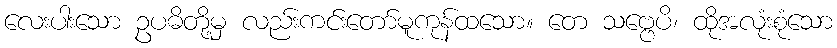
လေးပါးသော ဥပဓိတို့မှ လည်းကင်းတော်မူကုန်ထသော။ တေ သဗ္ဗေပိ၊ ထိုအလုံးစုံသော